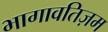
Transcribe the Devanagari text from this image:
भागावतिज़म